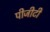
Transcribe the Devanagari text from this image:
पीजीटी